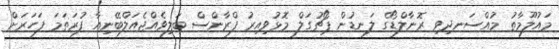
މައުލޫމާތު މުއްސަނދިވި ރޮނާލްޑޯގެ ލަނޑުން ޕޯޗުގަލް މޮޅުވިއިރު ފްރާންސް ބަލިވެއްޖެއަލްބޭނިއާ ފުރަތަމަ ފަހަރަށް